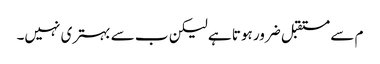
م سے مستقبل ضرور ہوتا ہے لیکن ب سے بہتری نہیں۔